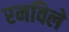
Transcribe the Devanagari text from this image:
रमविले